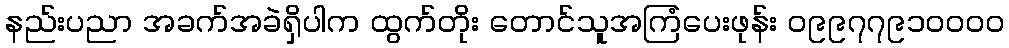
နည်းပညာ အခက်အခဲရှိပါက ထွက်တိုး တောင်သူအကြံပေးဖုန်း ၀၉၉၇၇၉၁၀၀၀၀